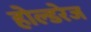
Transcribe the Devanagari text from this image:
होल्डरेज